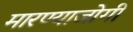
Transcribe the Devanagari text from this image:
मारण्याजोगी